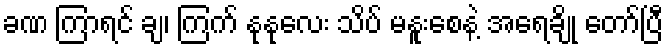
ခဏ ကြာရင် ချ၊ ကြက် နုနုလေး သိပ် မနူးစေနဲ့ အရေချို တော်ပြီ